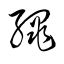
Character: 繩